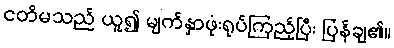
ငတိမသည် ယူ၍ မျက်နှာဖုံးရုပ်ကြည့်ပြီး ပြန်ချ၏။